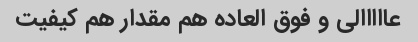
عااااالی و فوق العاده هم مقدار هم کیفیت